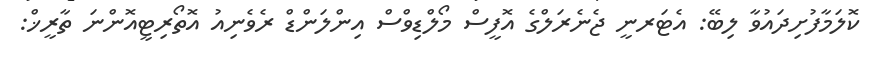
ކޮލަމާފުށިދައުވާ ލިބޭ: އެޓަރނީ ޖެނެރަލްގެ އޮފީސް މޯލްޑިވްސް އިންލަންޑް ރެވެނިއު އޮތޯރިޓީއޮންނަ ތާރީޚް: